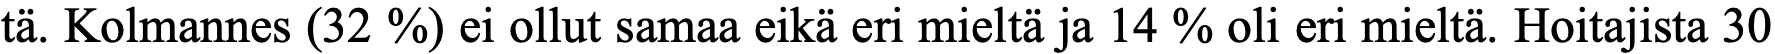
tä. Kolmannes (32 %) ei ollut samaa eikä eri mieltä ja 14 % oli eri mieltä. Hoitajista 30